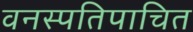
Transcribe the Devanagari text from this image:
वनस्पतिपाचित